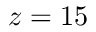
z = 1 5